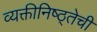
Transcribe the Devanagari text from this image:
व्यक्तीनिष्ठ्तेची